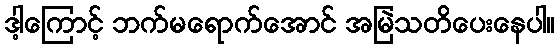
ဒါ့ကြောင့် ဘက်မရောက်အောင် အမြဲသတိပေးနေပါ။